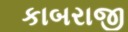
કાબરાજી